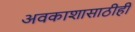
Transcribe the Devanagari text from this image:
अवकाशासाठीही